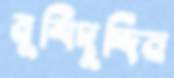
মুর্শিদুদ্দিন